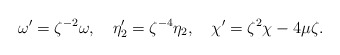
\begin{align*}\omega'=\zeta^{-2}\omega,\quad\eta_2'=\zeta^{-4}\eta_2,\quad\chi'=\zeta^2\chi-4\mu\zeta.\end{align*}